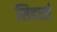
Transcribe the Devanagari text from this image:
सिडरई